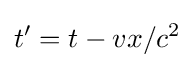
t^{\prime }=t-vx/c^{2}